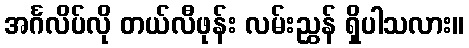
အင်္ဂလိပ်လို တယ်လီဖုန်း လမ်းညွှန် ရှိပါသလား။